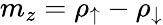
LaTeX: m_{z}=\rho_{\uparrow}-\rho_{\downarrow}